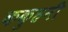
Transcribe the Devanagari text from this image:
ककुहनी